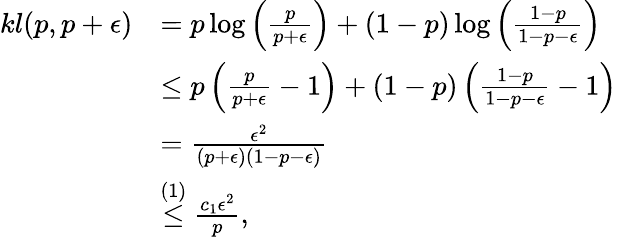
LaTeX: \begin{array}{rl}{kl(p,p+\epsilon)}&{=p\log\left(\frac{p}{p+\epsilon}\right)+(1-p)\log\left(\frac{1-p}{1-p-\epsilon}\right)}\\ &{\leq p\left(\frac{p}{p+\epsilon}-1\right)+(1-p)\left(\frac{1-p}{1-p-\epsilon}-1\right)}\\ &{=\frac{\epsilon^{2}}{(p+\epsilon)(1-p-\epsilon)}}\\ &{\overset{(1)}{\leq}\frac{c_{1}\epsilon^{2}}{p},}\end{array}